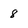
Character: 8